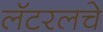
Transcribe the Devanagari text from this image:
लॅटरलचे